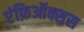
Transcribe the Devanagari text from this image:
एंफ़िऑक्सस